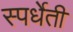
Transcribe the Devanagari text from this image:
स्पर्धेती